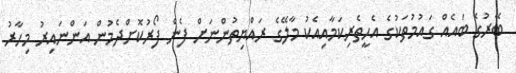
ބޭރުގެ ބައެއް ގައުމުތަކުގެ އެހީތެރިކަމާއިއެކު މާލޭގެ ރައްޔިތުންނަށް ފެން ފޯރުކޮށްދެމުން އަންނައިރު މިހާރު